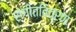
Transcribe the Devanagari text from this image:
संगीतवित्रण